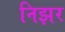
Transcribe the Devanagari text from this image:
निझर